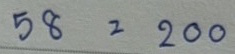
58 = 200